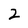
Character: 2